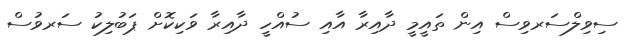
ސިވިލްސަރވިސް އިން ތައީމީ ދާއިރާ އާއި ސުއްހީ ދާއިރާ ވަކިކޮށް ޕަބުލިކު ސަރވުސް